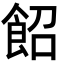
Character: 䬰